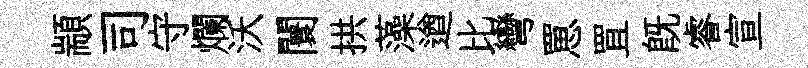
顓司守爛沃闤拱藻遒比彎罳罝旣睿宣